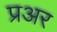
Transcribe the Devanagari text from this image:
प्रअर